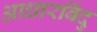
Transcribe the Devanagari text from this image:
आधारबिंदु